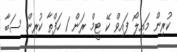
ކުރިން މައިލޯ ފައިވް ކޭ ޓީމް ރަން 1 ހަފްތާ ކުރިން ސަބާ